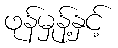
ဖုန်မှုန့်နှင့်